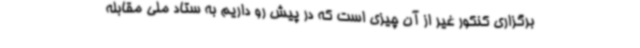
برگزاری کنکور غیر از آن چیزی است که در پیش رو داریم به ستاد ملی مقابله